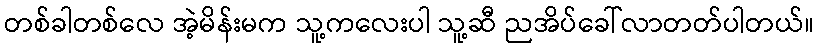
တစ်ခါတစ်လေ အဲ့မိန်းမက သူ့ကလေးပါ သူ့ဆီ ညအိပ်ခေါ်လာတတ်ပါတယ်။